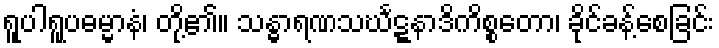
ရူပါရူပဓမ္မာနံ၊ တို့၏။ သန္ဓာရဏသင်္ဃဋ္ဋနာဒိကိစ္စတော၊ ခိုင်ခန့်စေခြင်း